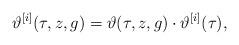
LaTeX: \begin{align*} \vartheta^{[i]} (\tau,z,g) = \vartheta (\tau,z,g) \cdot \vartheta^{[i]}(\tau),\end{align*}